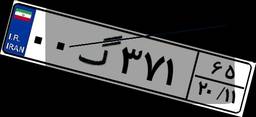
۰۰گ۳۷۱۶۵